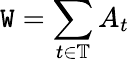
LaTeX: \mathtt{W}=\sum_{t\in\mathbb{{T}}}A_{t}